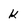
Character: K